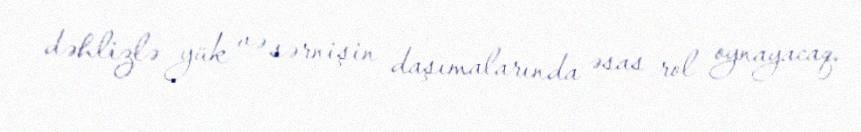
dəhlizlə yük və sərnişin daşımalarında əsas rol oynayacaq.